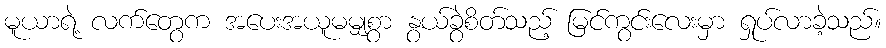
မူယာရဲ့ လက်တွေက အပေးအယူမမျှစွာ နွယ်ခွဲစိတ်သည့် မြင်ကွင်းလေးမှာ ရှုပ်လာခဲ့သည်။